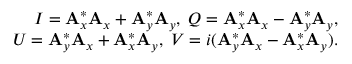
\begin{array} { r } { I = \mathbf { A } _ { x } ^ { * } \mathbf { A } _ { x } + \mathbf { A } _ { y } ^ { * } \mathbf { A } _ { y } , \; Q = \mathbf { A } _ { x } ^ { * } \mathbf { A } _ { x } - \mathbf { A } _ { y } ^ { * } \mathbf { A } _ { y } , } \\ { U = \mathbf { A } _ { y } ^ { * } \mathbf { A } _ { x } + \mathbf { A } _ { x } ^ { * } \mathbf { A } _ { y } , \; V = i ( \mathbf { A } _ { y } ^ { * } \mathbf { A } _ { x } - \mathbf { A } _ { x } ^ { * } \mathbf { A } _ { y } ) . } \end{array}